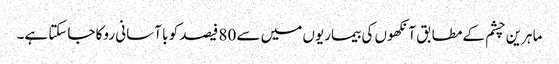
ماہرین چشم کے مطابق آنکھوں کی بیماریوں میں سے 80 فیصد کو با آسانی روکا جاسکتا ہے۔